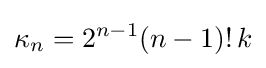
\kappa _{n}=2^{n-1}(n-1)!\,k